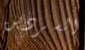
السردين